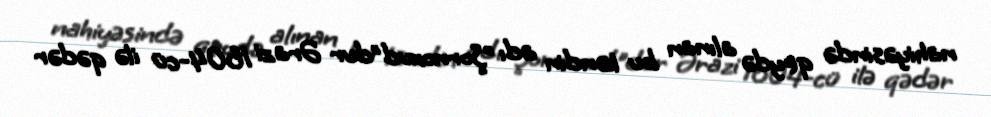
nahiyəsində qeydə alınan bu kəndin adı "Şornoxud"dur Ərazi 1604-cü ilə qədər